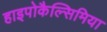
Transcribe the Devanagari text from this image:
हाइपोकैल्सिमिया